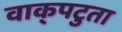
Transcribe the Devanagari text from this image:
वाक्‌पटुता